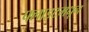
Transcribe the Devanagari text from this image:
फ्लाइटमधून